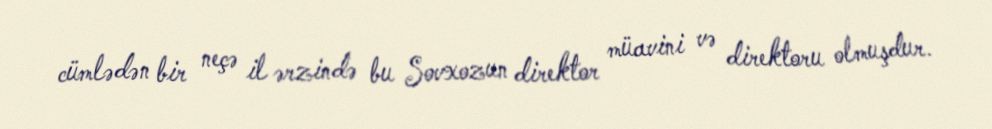
cümlədən bir neçə il ərzində bu Sovxozun direktor müavini və direktoru olmuşdur.